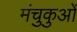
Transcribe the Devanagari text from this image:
मंचुकुओं